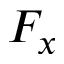
F _ { x }